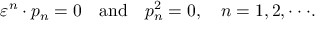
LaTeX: \varepsilon ^ { n } \cdot p _ { n } = 0 \quad \mathrm { a n d } \quad p _ { n } ^ { 2 } = 0 , \quad n = 1 , 2 , \cdot \cdot \cdot .